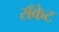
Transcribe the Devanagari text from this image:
राँकेट